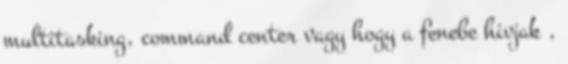
multitasking, command center vagy hogy a fenebe hivjak ,